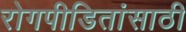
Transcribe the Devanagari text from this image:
रोगपीडितांसाठी